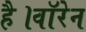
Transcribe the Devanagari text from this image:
है।वॉरेन